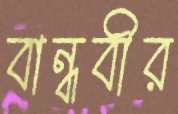
বান্ধবীর